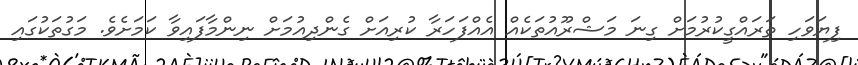
ފިޔަވަހި ތަރައްގީކުރުމަށް ގިނަ މަޝްރޫއުތަކެއް އެއްފަހަރާ ކުރިއަށް ގެންދިއުމަށް ނިންމާފައިވާ ކަމަށެވެ. މަގުތަކުގައި